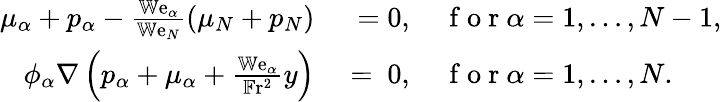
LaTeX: \begin{array}{rl}{\mu_{\alpha}+p_{\alpha}-\frac{\mathbb{W}\mathrm{e}_{\alpha}}{\mathbb{W}\mathrm{e}_{N}}\left(\mu_{N}+p_{N}\right)}&{{}~=0,\quad\mathrm{~f~o~r~}\alpha=1,\dots,N-1,}\\ {\phi_{\alpha}\nabla\left(p_{\alpha}+\mu_{\alpha}+\frac{\mathbb{W}\mathrm{e}_{\alpha}}{\mathbb{F}\mathrm{r}^{2}}y\right)}&{{}=~0,\quad\mathrm{~f~o~r~}\alpha=1,\dots,N.}\end{array}